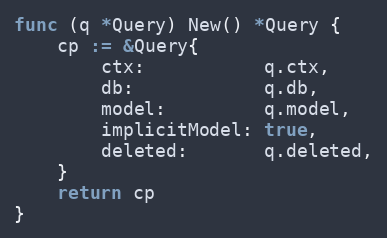
Language: Go
func (q *Query) New() *Query {
	cp := &Query{
		ctx:           q.ctx,
		db:            q.db,
		model:         q.model,
		implicitModel: true,
		deleted:       q.deleted,
	}
	return cp
}